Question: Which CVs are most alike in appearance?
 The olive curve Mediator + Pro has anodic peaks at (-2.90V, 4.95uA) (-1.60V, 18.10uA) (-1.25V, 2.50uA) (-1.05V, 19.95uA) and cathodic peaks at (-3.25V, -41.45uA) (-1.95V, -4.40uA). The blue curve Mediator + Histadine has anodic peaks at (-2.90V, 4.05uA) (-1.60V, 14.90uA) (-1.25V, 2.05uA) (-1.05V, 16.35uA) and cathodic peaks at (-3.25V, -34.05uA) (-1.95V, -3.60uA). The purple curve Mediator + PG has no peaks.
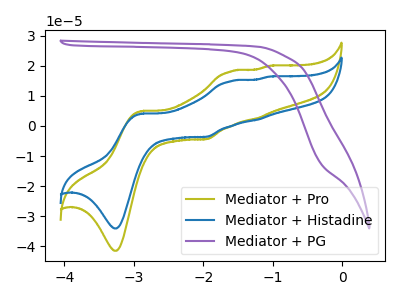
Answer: <think>All the peaks in "Mediator + Pro" have a peak in "Mediator + Histadine" at the same potential. Every peak in "Mediator + Pro" is higher than every peak in "Mediator + Histadine". "Mediator + Pro" and "Mediator + PG" have a different number of peaks. "Mediator + Histadine" and "Mediator + PG" have a different number of peaks.
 </think>
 <answer>"Mediator + Histadine" and "Mediator + Pro" have the same shape and are likely CV's of the same chemical.</answer>
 <eval>"Mediator + Histadine" "Mediator + Pro"</eval>